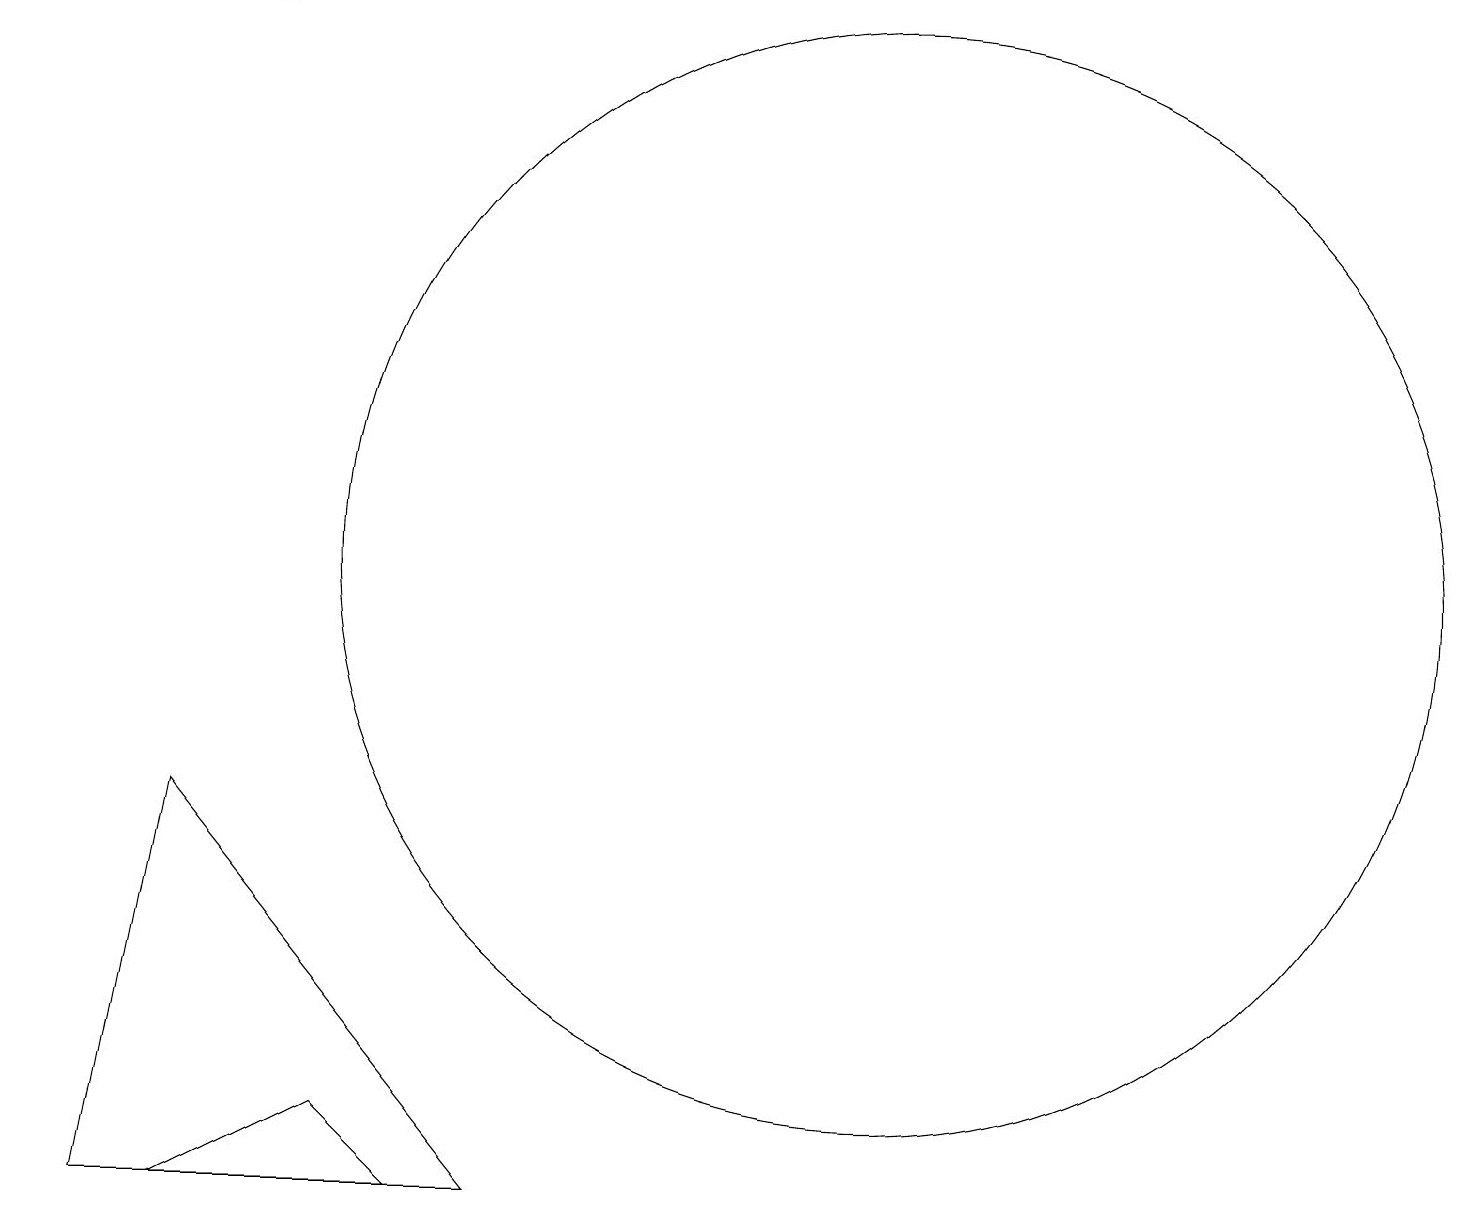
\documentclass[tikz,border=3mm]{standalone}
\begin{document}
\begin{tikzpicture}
\draw (0,18) rectangle (3,18);
\draw (6,3) -- (2,8) -- (1,3) -- cycle;
\draw (11,11) circle (7);
\draw (5,3) -- (4,4) -- (2,3) -- cycle;
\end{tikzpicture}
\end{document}